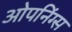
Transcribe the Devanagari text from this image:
ओपनिंग्स